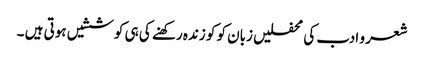
شعر و ادب کی محفلیں زبان کو کو زندہ رکھنے کی ہی کوششیں ہوتی ہیں ۔